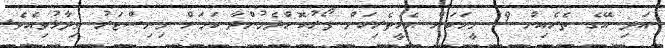
އަދި އޭގެ ތެރެއިން 19 މީހަކަށް އެހީތެރިކަން ފޯރުކޮށްދެމުންދާ ކަމަށް މިނިސްޓަރު ވިދާޅުވިއެވެ.